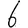
Digit: 6